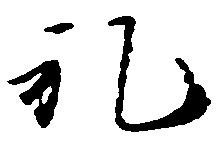
礼